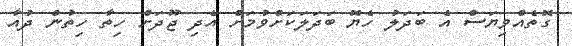
ގޮތެއްވިޔަސް އެ ބަދަލު ހެޔޮ ބަދަލަކަށްވުމަށް އެދި ޖޫދަށް ހިތާ ހިތުން ދުއާ